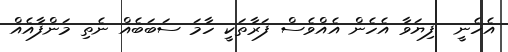
އެހެނީ  ފިޔަވާ އެހެން އެއްވެސް ފަރާތަކީ ހާމަ ސަބަބެއް ނެތި މަންފާއެއް